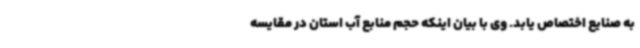
به صنایع اختصاص یابد. وی با بیان اینکه حجم منابع آب استان در مقایسه